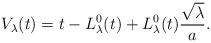
LaTeX: \begin{align*}V_\lambda(t) = t -L_\lambda^0 (t) + L_\lambda^0 (t)\frac{\sqrt\lambda}{a} .\end{align*}